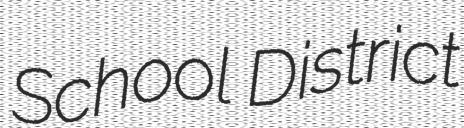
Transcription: School District